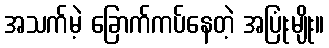
အသက်မဲ့ ခြောက်ကပ်နေတဲ့ အပြုံးမျိုး။